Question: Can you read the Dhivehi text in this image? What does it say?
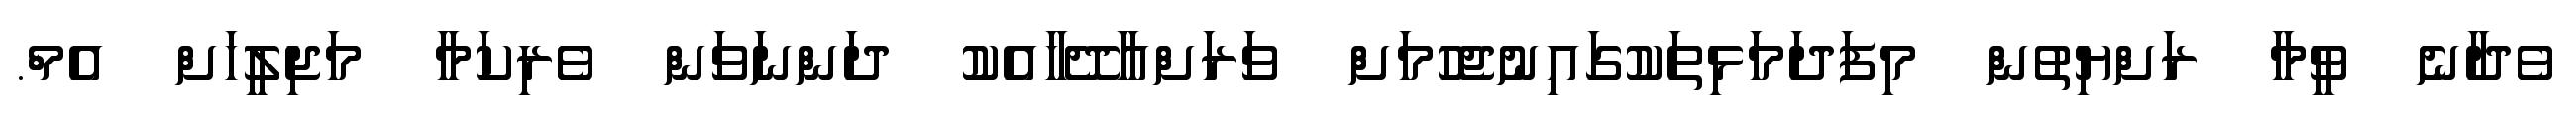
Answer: ވެދާނެ ވީމާ ރަށްޔިތުން މިފަދަމަޅިތަކުގައިނުޖެހުމަށް ވަރަށްއާދޭހާއެކު ދަންނަވަން ވެރިކަމާ މަޖިލީހަށް އެމް.